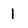
Character: 1